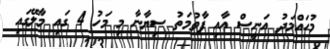
މުހައްމަދު އަނީސް އާއި ފާތުމަތު ސިޔާނާ މި މަހު 4 ގައި މާލޭގައި